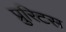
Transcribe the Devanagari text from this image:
प्रुरिटस